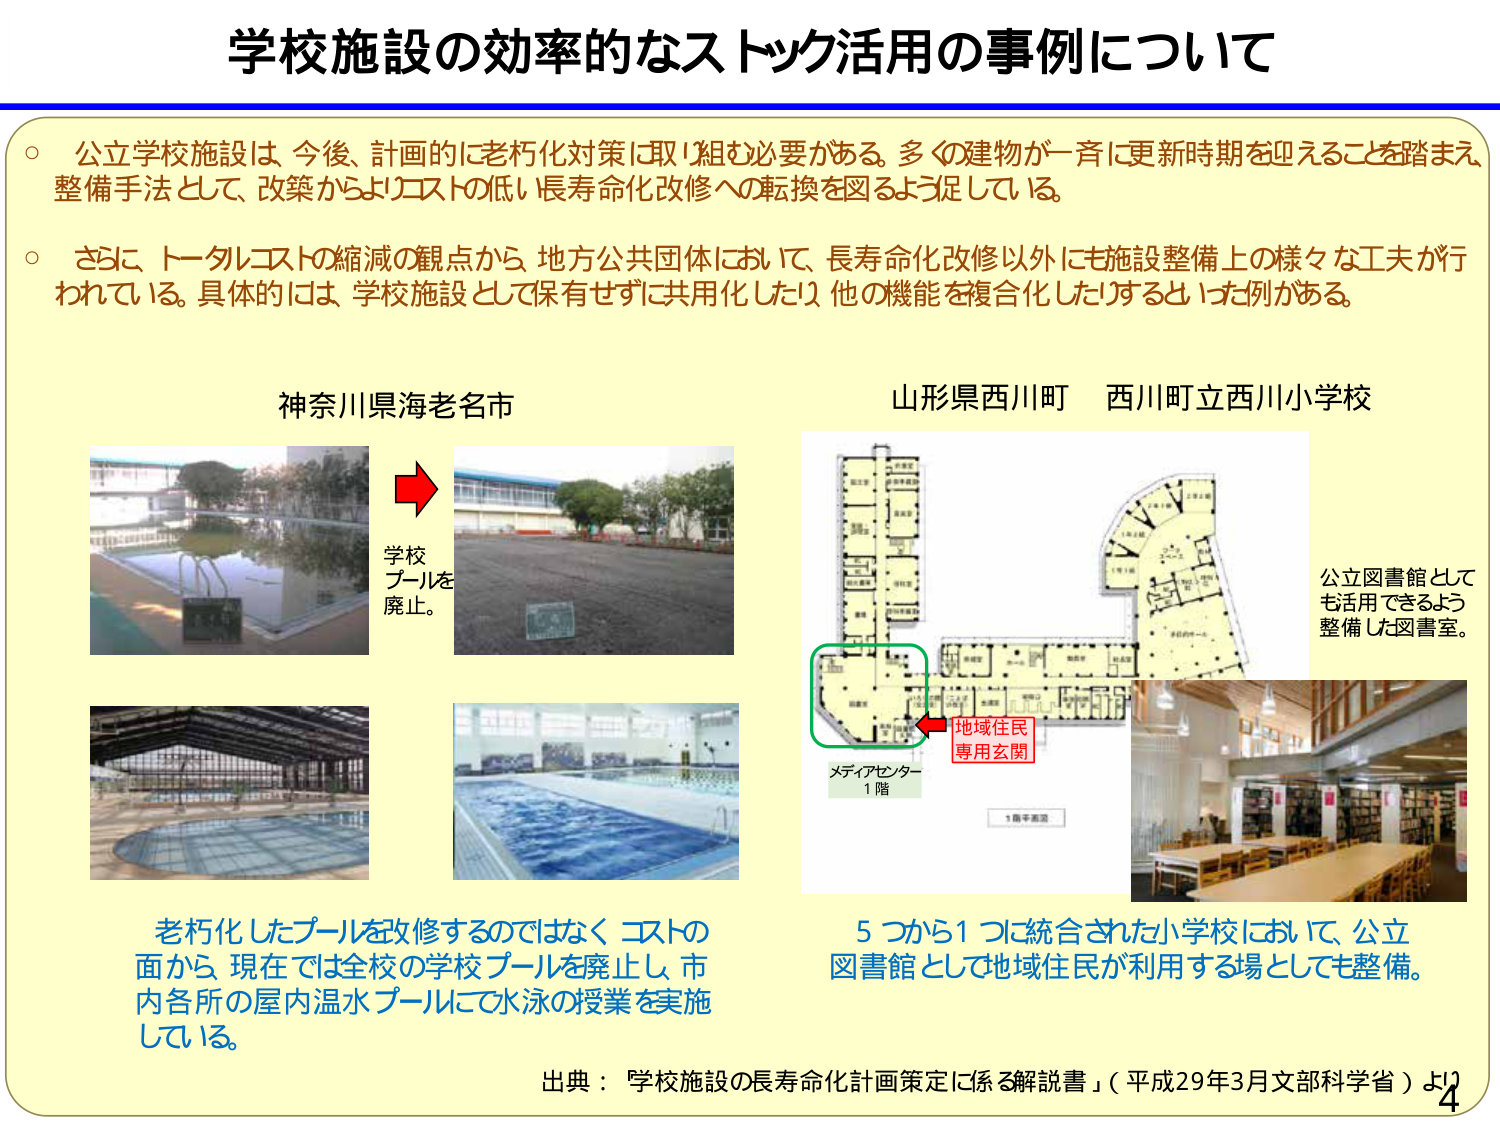
学校施設の効率的なストック活用の事例について

○ 公立学校施設は、今後、計画的に老朽化対策に取り組む必要がある。多くの建物が一斉に更新時期を迎えることを踏まえ、整備手法として、改築からよりコストの低い長寿命化改修への転換を図るよう促している。

○ さらに、トータルコストの縮減の観点から、地方公共団体において、長寿命化改修以外にも施設整備上の様々な工夫が行われている。具体的には、学校施設として保有せずに共用化したり、他の機能を複合化したりするといった例がある。

神奈川県海老名市

学校
プールを
廃止。

老朽化したプールを改修するのではなく、コストの
面から、現在では全校の学校プールを廃止し、市
内各所の屋内温水プールにて水泳の授業を実施
している。

山形県西川町 西川町立西川小学校

公立図書館として
も活用できるよう
整備した図書室。

地域住民
専用玄関

メディアセンター
1階

1階平面図

5つから1つに統合された小学校において、公立
図書館として地域住民が利用する場としても整備。

出典：「学校施設の長寿命化計画策定に係る解説書」（平成29年3月文部科学省）より

4